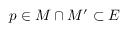
p \in M \cap M ^ { \prime } \subset E